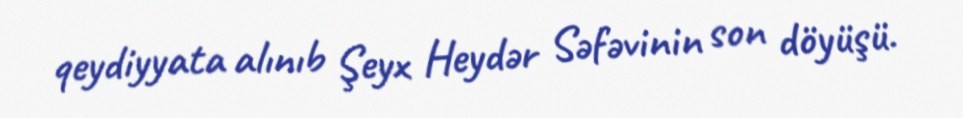
qeydiyyata alınıb Şeyx Heydər Səfəvinin son döyüşü.